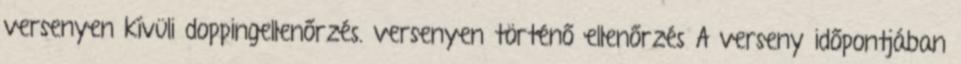
versenyen kívüli doppingellenőrzés. versenyen történő ellenőrzés A verseny időpontjában